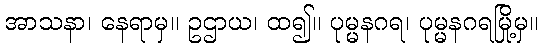
အာသနာ၊ နေရာမှ။ ဥဌာယ၊ ထ၍။ ပုမ္မနဂရ၊ ပုမ္မနဂရမြို့မှ။